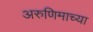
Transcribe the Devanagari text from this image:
अरुणिमाच्या